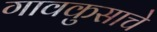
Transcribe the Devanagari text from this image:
गावकुसाचे